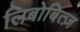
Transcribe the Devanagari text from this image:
लिबोबित्ज़